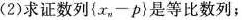
(2)求证数列$${ x _ { n } - p }$$是等比数列；